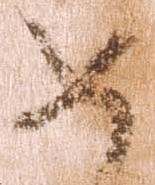
如